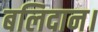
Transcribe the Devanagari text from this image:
बलिदान।